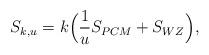
LaTeX: \begin{align*}S_{k,u}= k\Big( {1 \over u} S_{PCM} + S_{WZ}\Big),\end{align*}